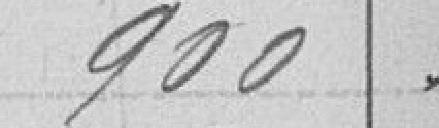
900